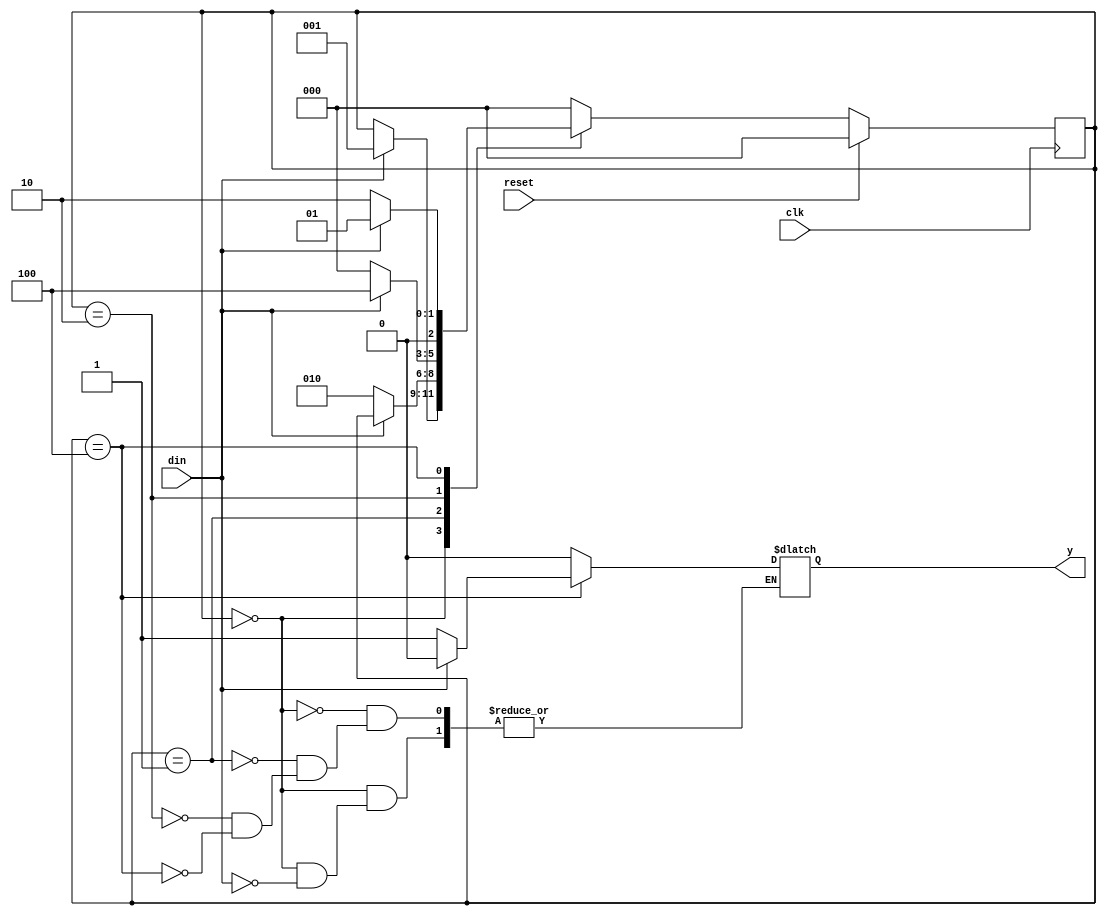
`timescale 1ns / 1ps
//////////////////////////////////////////////////////////////////////////////////
// Company: 
// Engineer: 
// 
// Design Name: 
// Module Name: FSM_pattern
// Project Name: 
// Target Devices: 
// Tool Versions: 
// Description: 
// 
// Dependencies: 
// 
// Revision:
// Revision 0.01 - File Created
// Additional Comments:
// 
//////////////////////////////////////////////////////////////////////////////////


module FSM_pattern(din,reset,clk,y);
input din,clk,reset;
output reg y;
reg [2:0]current_state,next_state;  
localparam S0=3'b000,
            S1=3'b001,
            S2=3'b010,
            S3=3'b100;
 always @(current_state or din)
 begin
 case (current_state)
 S0: if(din==1'b1)
     begin
     next_state=S1;
     y=1'b0;
     end
     else next_state =current_state;
 S1:if(din==1'b0)
     begin
      next_state =S2;
      y=1'b0;
      end
      else
     begin
    next_state = current_state;
     y=1'b0;
     end
 S2: if(din==1'b1)
     begin
     next_state=S3;
     y=1'b0;
     end
     else
     begin
     next_state =S0;
     y=1'b0;
     end
 S3: if(din==1'b0)
     begin
     next_state=S2;
     y=1'b1;
     end
     else
     begin
     next_state=S1;
     y=1'b0;
     end
     default:next_state=S0;
     endcase
     end
always@(posedge clk)
begin
if(reset)
current_state<=S0;
else
current_state<=next_state;
end
endmodule